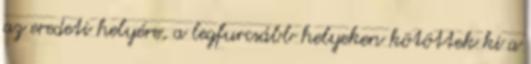
az eredeti helyére, a legfurcsább helyeken kötöttek ki a